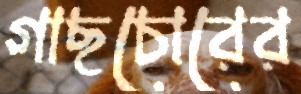
গাছচোরের